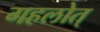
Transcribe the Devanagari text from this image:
गहलोत्